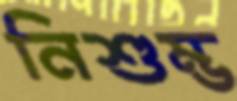
নিশুম্ভ